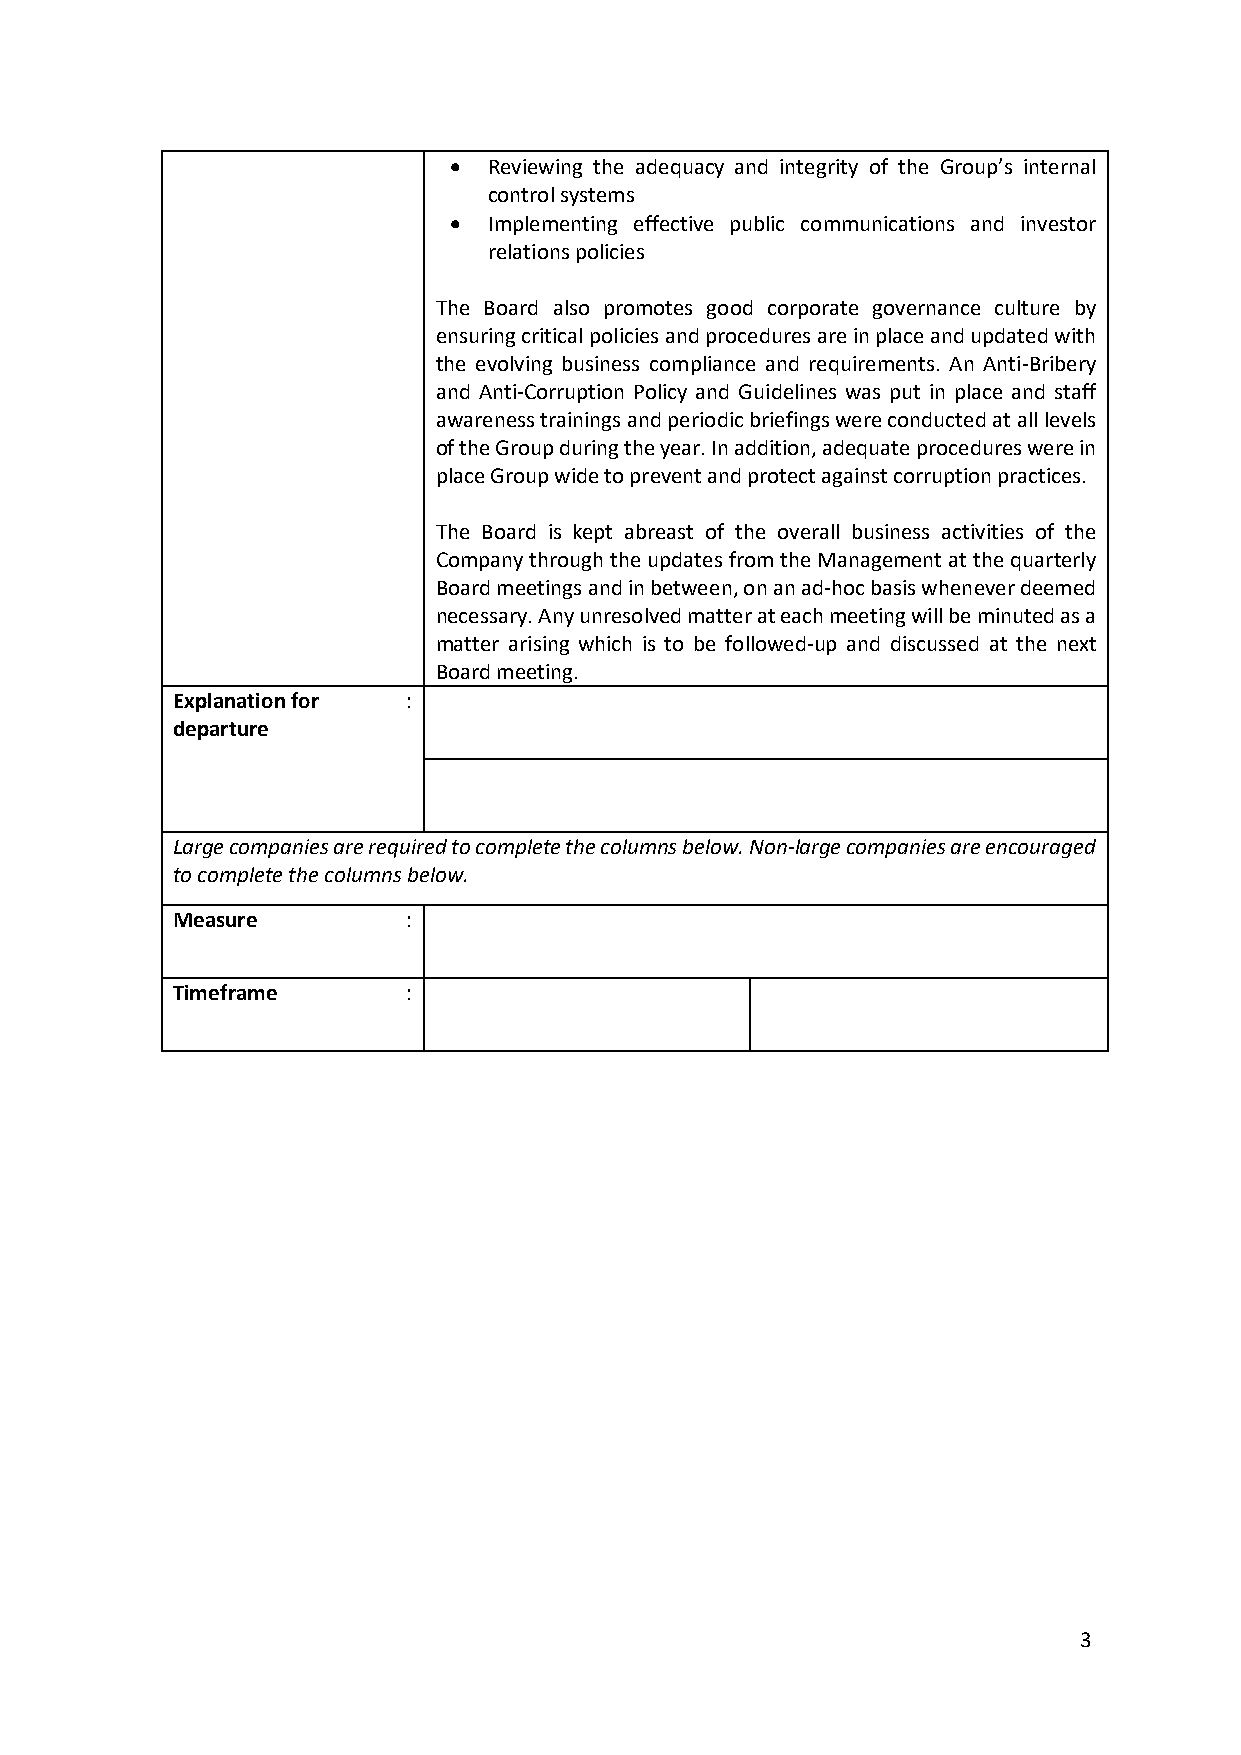
• Reviewing the adequacy and integrity of the Group’s internal
 control systems
 • Implementing effective public communications and investor
 relations policies
 The Board also promotes good corporate governance culture by
 ensuring critical policies and procedures are in place and updated with
 the evolving business compliance and requirements. An Anti-Bribery
 and Anti-Corruption Policy and Guidelines was put in place and staff
 awareness trainings and periodic briefings were conducted at all levels
 of the Group during the year. In addition, adequate procedures were in
 place Group wide to prevent and protect against corruption practices.
 The Board is kept abreast of the overall business activities of the
 Company through the updates from the Management at the quarterly
 Board meetings and in between, on an ad-hoc basis whenever deemed
 necessary. Any unresolved matter at each meeting will be minuted as a
 matter arising which is to be followed-up and discussed at the next
 Board meeting.
 Explanation for :
 departure
 Large companies are required to complete the columns below. Non-large companies are encouraged
 to complete the columns below.
 Measure         :
 Timeframe       :
 3